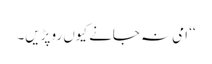
‘‘ امی نہ جانے کیوں رو پڑیں۔